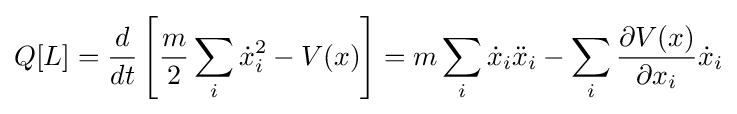
Q[L]={\frac {d}{dt}}\left[{\frac {m}{2}}\sum _{i}{\dot {x}}_{i}^{2}-V(x)\right]=m\sum _{i}{\dot {x}}_{i}{\ddot {x}}_{i}-\sum _{i}{\frac {\partial V(x)}{\partial x_{i}}}{\dot {x}}_{i}